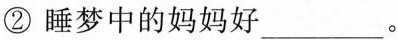
②睡梦中的妈妈好___。